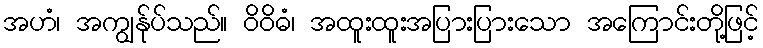
အဟံ၊ အကျွန်ုပ်သည်။ ဝိဝိဓံ၊ အထူးထူးအပြားပြားသော အကြောင်းတို့ဖြင့်